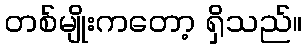
တစ်မျိုးကတော့ ရှိသည်။